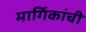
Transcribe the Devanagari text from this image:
मार्गिकांची